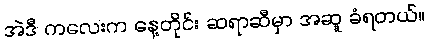
အဲဒီ ကလေးက နေ့တိုင်း ဆရာဆီမှာ အဆူ ခံရတယ်။